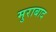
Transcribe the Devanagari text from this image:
मुराबाद